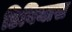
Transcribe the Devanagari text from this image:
डिवियास